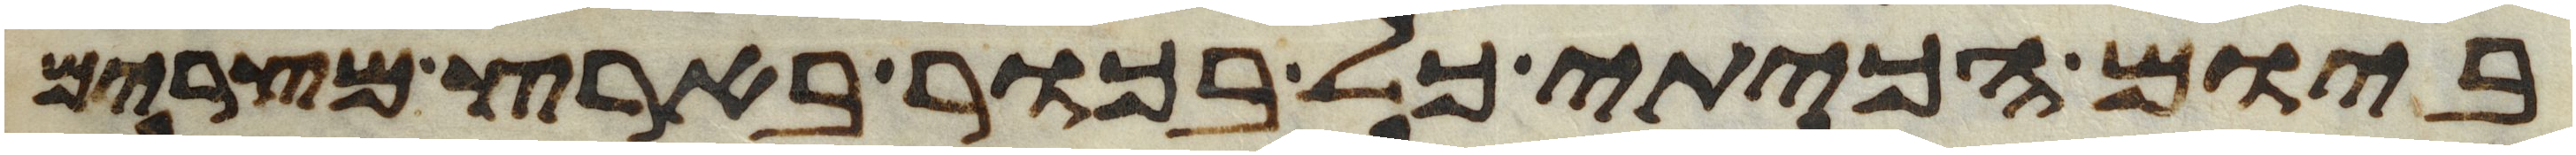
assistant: ביום הכיתי כל בכור בארץ מצרים